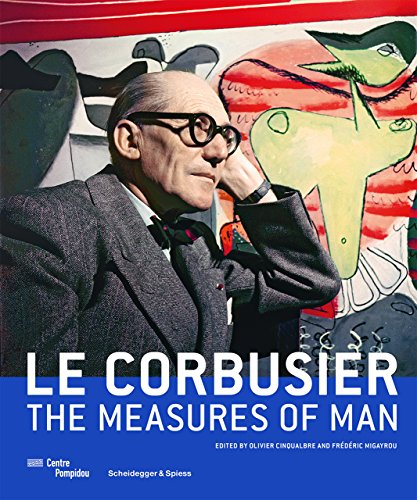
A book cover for Le Corbusier - The Measures of Man; Arts & Photography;